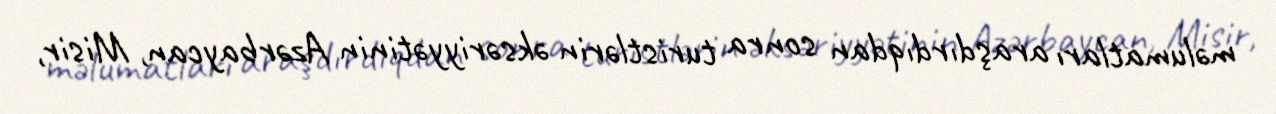
məlumatları araşdırdıqdan sonra turistlərin əksəriyyətinin Azərbaycan, Misir,